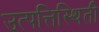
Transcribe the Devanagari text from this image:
उत्पत्तिस्थिती